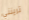
ترينني